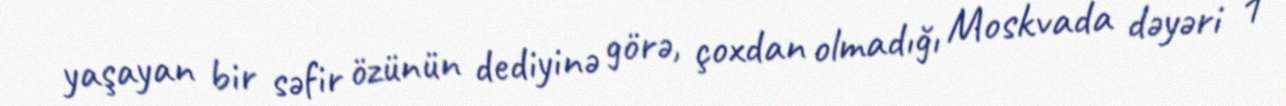
yaşayan bir səfir özünün dediyinə görə, çoxdan olmadığı Moskvada dəyəri 1